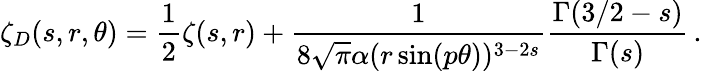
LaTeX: \zeta_{D}(s,r,\theta)=\frac{1}{2}\zeta(s,r)+\frac{1}{8\sqrt\pi\alpha(r\sin(p\theta))^{3-2s}}\frac{\Gamma(3/2-s)}{\Gamma(s)}\, {.}